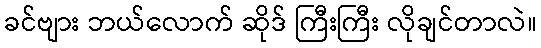
ခင်ဗျား ဘယ်လောက် ဆိုဒ် ကြီးကြီး လိုချင်တာလဲ။